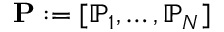
\mathbf { P } : = [ \mathbb { P } _ { 1 } , \dots , \mathbb { P } _ { N } ]